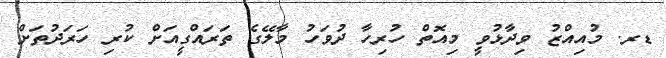
ޑރ. މުއިއްޒު ވިދާޅުވީ މިއޮތް ހުރިހާ ދުވަހު މާލޭގެ ތަރައްގީއަށް ކުރި ހަރަދުތަށް